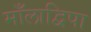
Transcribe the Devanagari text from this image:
माँलाद्विपा